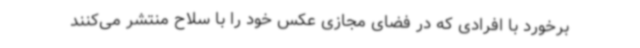
برخورد با افرادی که در فضای مجازی عکس خود را با سلاح منتشر می‌کنند